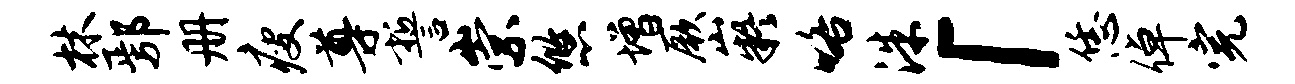
林鄢册瘦尊誓崇悠增厥嶷咯洙「恁倬完